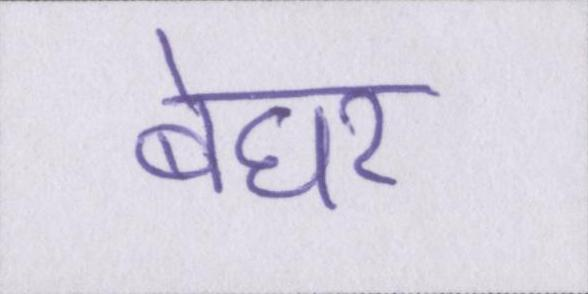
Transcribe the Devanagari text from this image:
बेघर